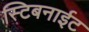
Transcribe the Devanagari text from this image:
स्टिबनाईट